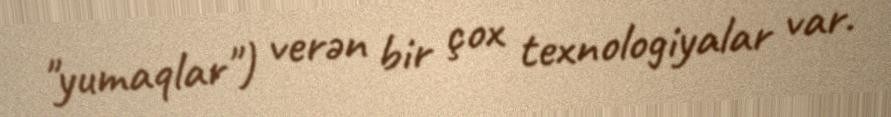
"yumaqlar") verən bir çox texnologiyalar var.